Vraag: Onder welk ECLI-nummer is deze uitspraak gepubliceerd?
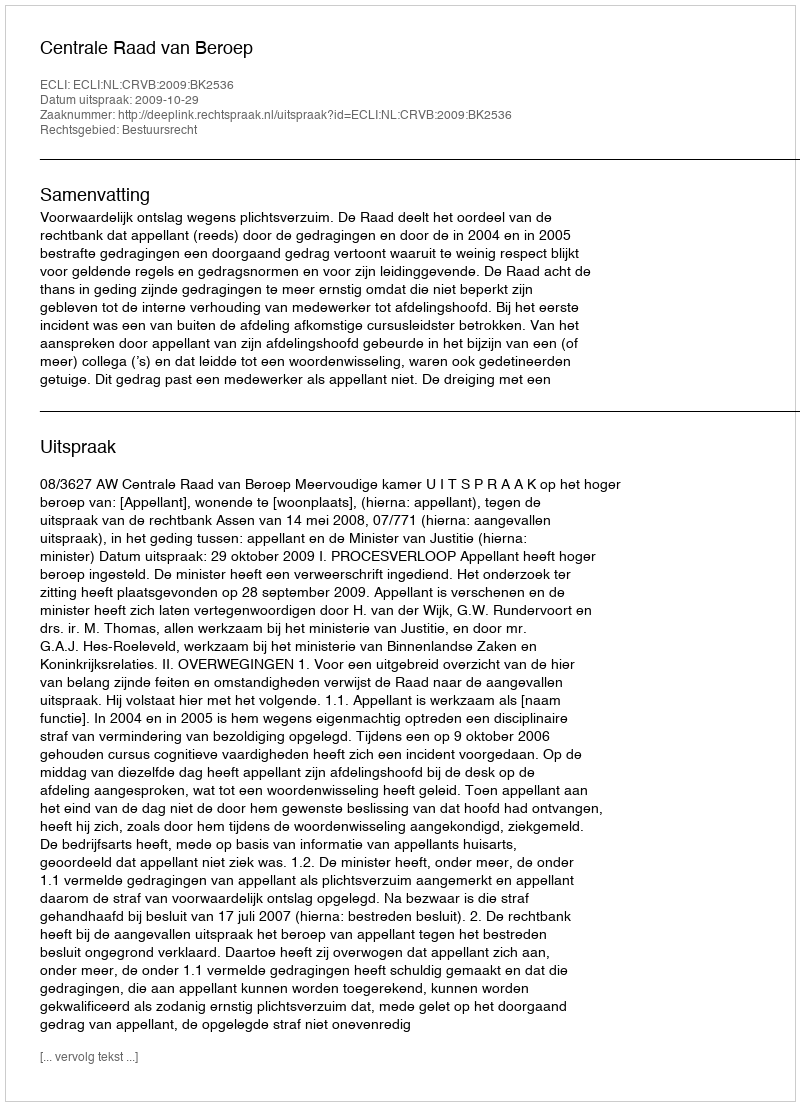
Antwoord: ECLI:NL:CRVB:2009:BK2536